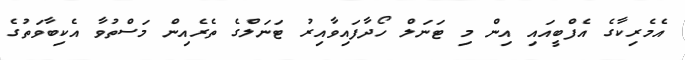
އެމެރިކާގެ އެފްބީއައި އިން މި ޓަނަލް ހޯދާފައިވާއިރު ޓަނަލްގެ ތެރެއިން މަސްތުވާ އެކިބާވަތުގެ